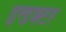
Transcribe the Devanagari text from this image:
इन्डक्टर